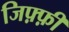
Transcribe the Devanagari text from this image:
जिफ़्फ़ी